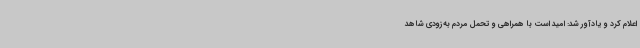
اعلام کرد و یادآور شد: امید است با همراهی و تحمل مردم به‌زودی شاهد